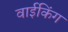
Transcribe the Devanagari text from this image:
वाईकिंग